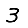
Digit: 3